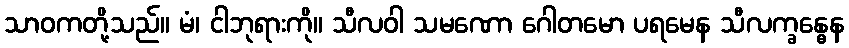
သာဝကတို့သည်။ မံ၊ ငါဘုရားကို။ သီလဝါ သမဏော ဂေါတမော ပရမေန သီလက္ခန္ဓေန